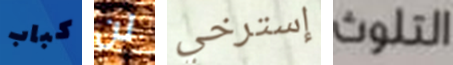
كباب لن إسترخي التلوث